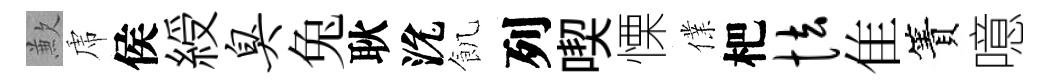
歉虎侯綬臭兔耿沇飢列喫慄㒒杷怯隹簀噫